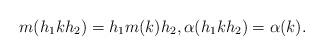
LaTeX: \begin{align*}m (h_1 k h_2) = h_1 m (k) h_2,\alpha (h_1 k h_2) = \alpha (k).\end{align*}